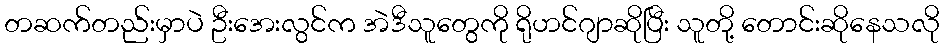
တဆက်တည်းမှာပဲ ဦးအေးလွင်က အဲဒီသူတွေကို ရိုဟင်ဂျာဆိုပြီး သူတို့ တောင်းဆိုနေသလို